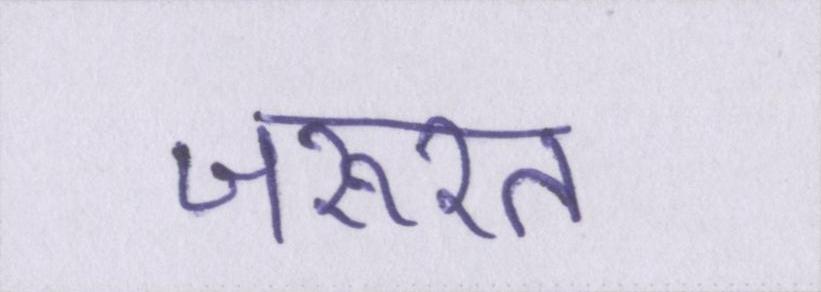
जरूरत